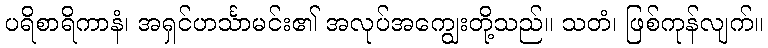
ပရိစာရိကာနံ၊ အရှင်ဟင်္သာမင်း၏ အလုပ်အကျွေးတို့သည်။ သတံ၊ ဖြစ်ကုန်လျက်။